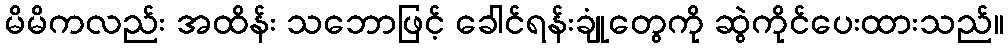
မိမိကလည်း အထိန်း သဘောဖြင့် ခေါင်ရန်းချုံတွေကို ဆွဲကိုင်ပေးထားသည်။